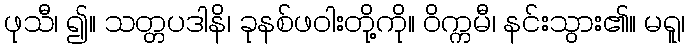
ဖုသီ၊ ၍။ သတ္တပဒါနိ၊ ခုနစ်ဖဝါးတို့ကို။ ဝိက္ကမီ၊ နင်းသွား၏။ မရူ၊